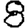
Digit: 8